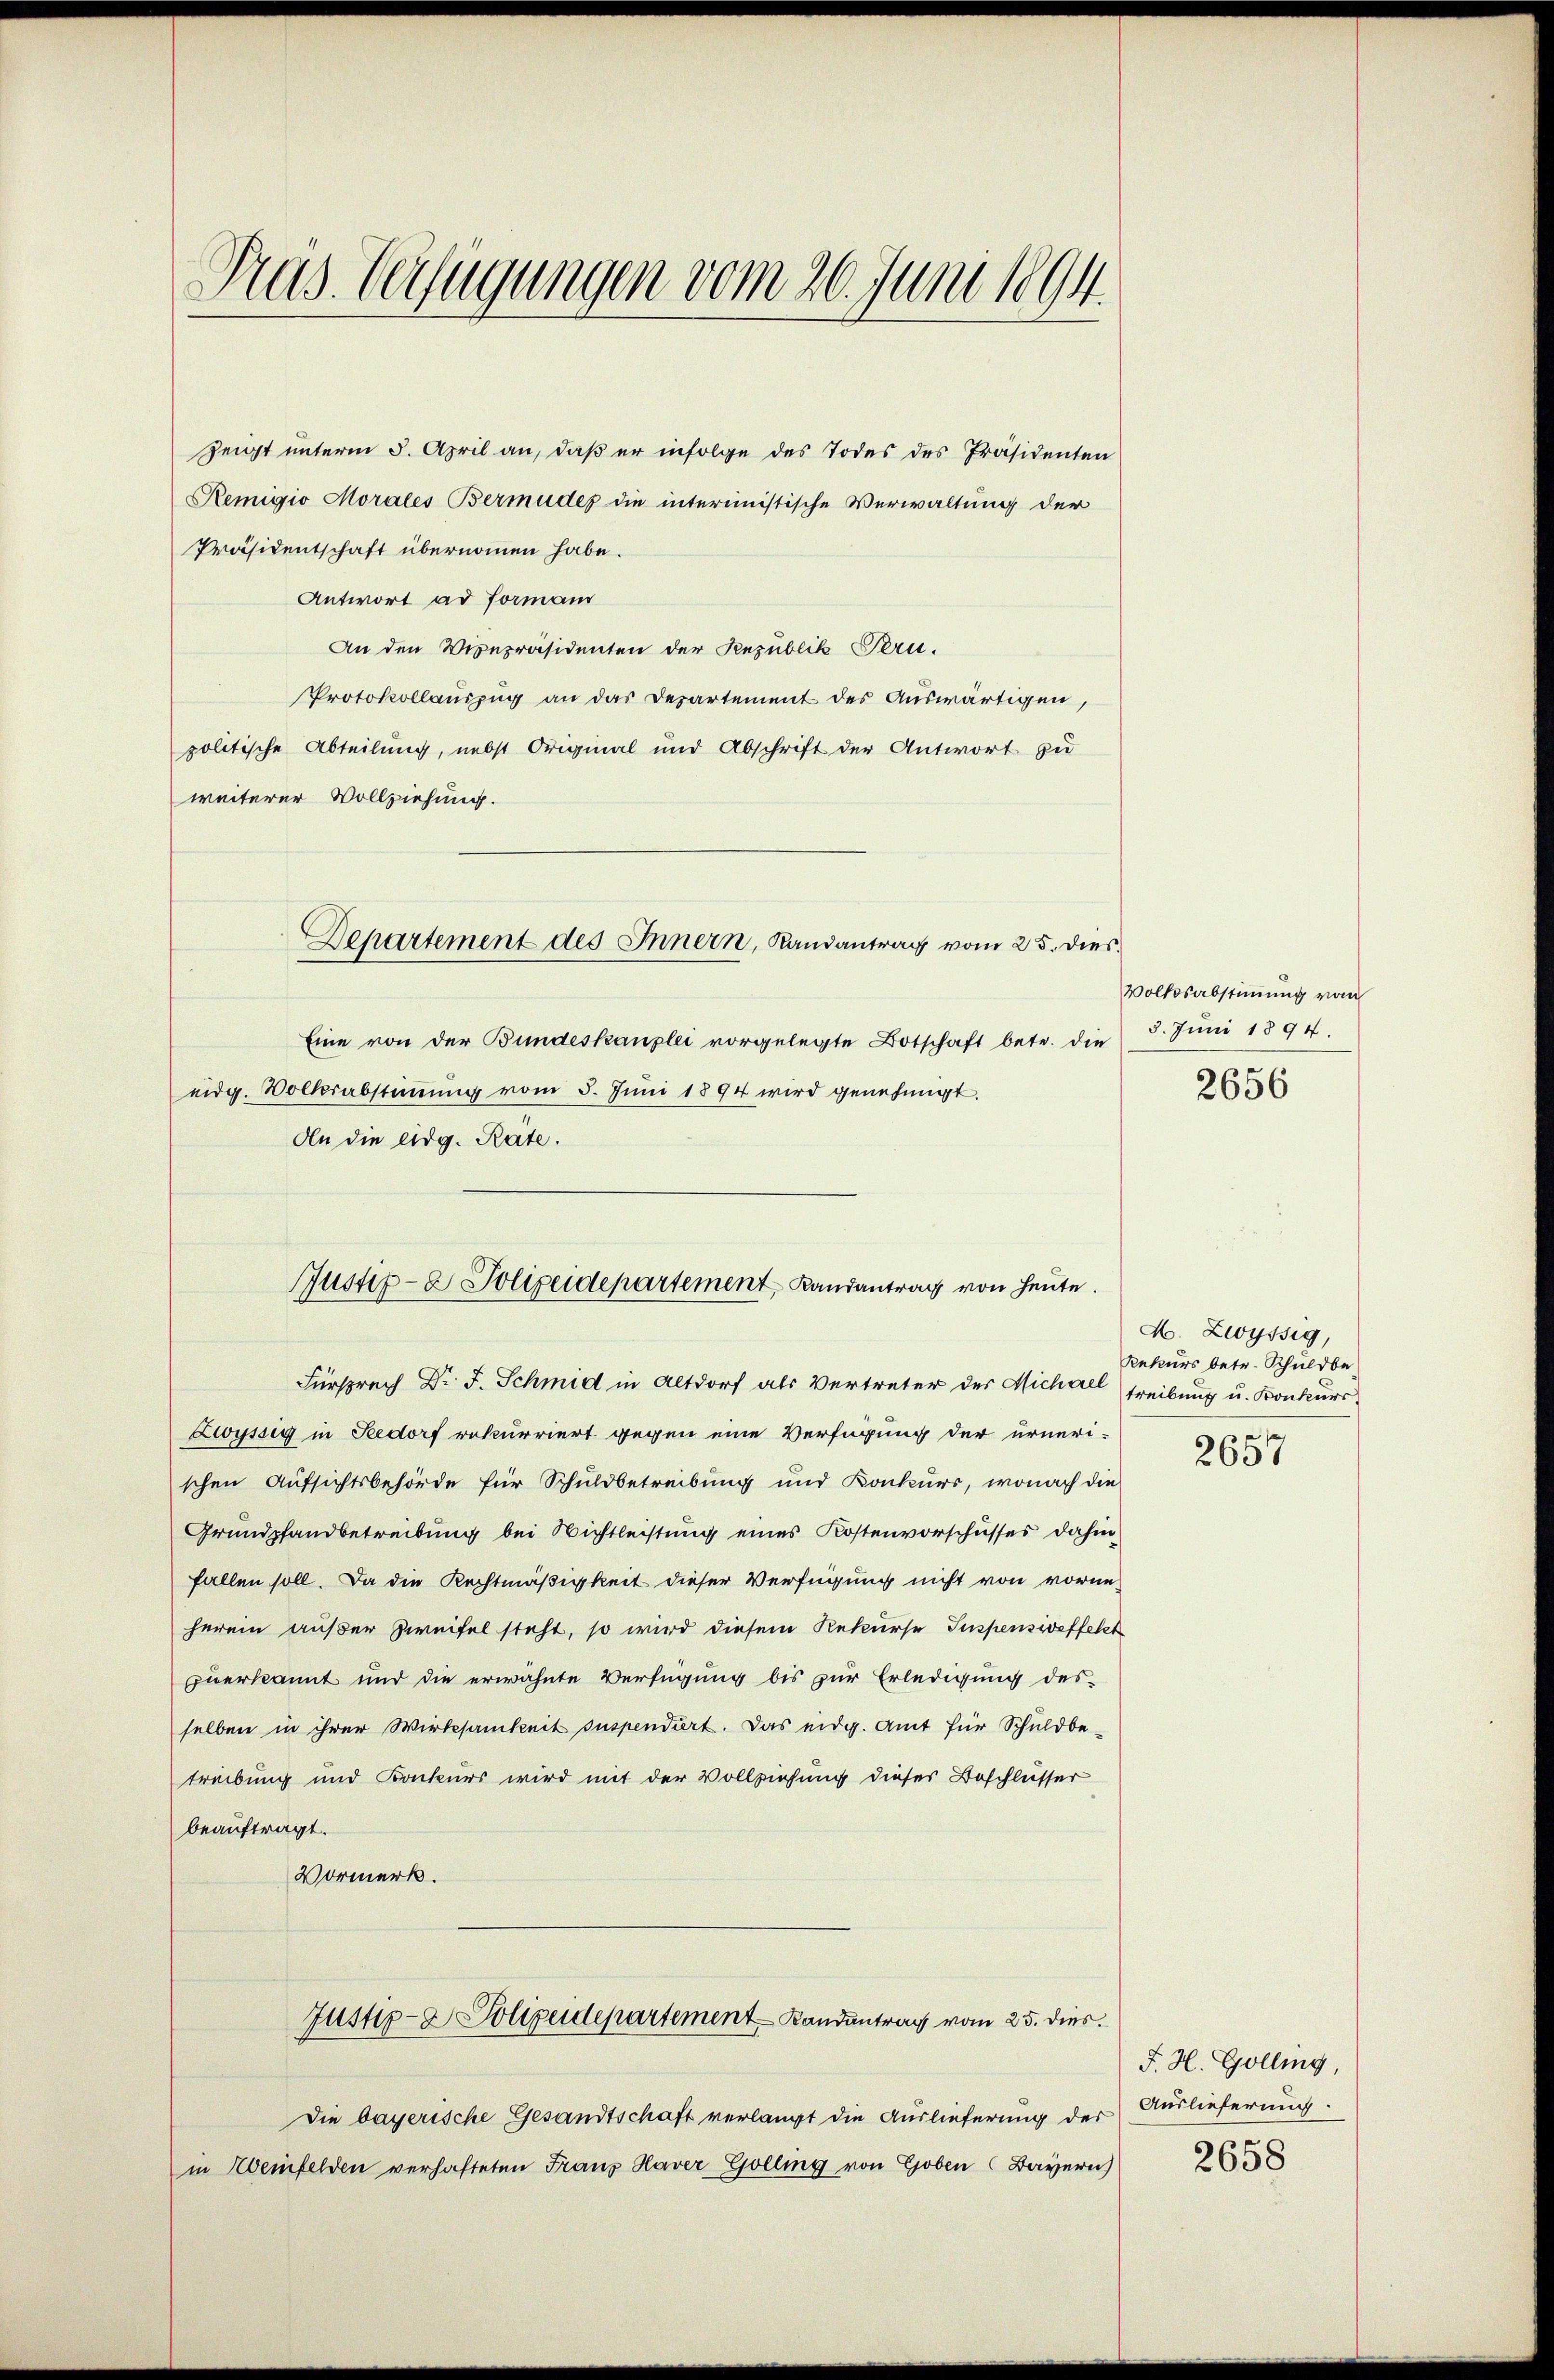
Preis. Verfügungen vom 26. Juni 1894.

Zeigt unterm 5. April an, daß er infolge des Todes des Präsidenten
Remigio Morales Bermüdes die interimistische Verwaltung der
Präsidentschaft übernommen habe.
Antwort ad Formann
An den Vicepräsidenten der Republik Bern.
Protokollauszug an das Departement des Auswärtigen,
politische Abteilung, nebst Original und Abschrift der Antwort zu
weiterer Vollziehung.
Eine von der Bundeskanzlei vorgelegte Botschaft betr. die 5. Jŭni 1894.
eidg. Volksabstimmung vom 5. Juni 1894 wird genehmigt.
An die eidg. Rate.
Fürsprech Dr. J. Schmid in Altdorf als Vertreter des Michael treibung u. Konkurs-
Zwyssig in Seedorf rekurriert gegen eine Verfügung der urneri-
schen Aufsichtsbehörde für Schuldbetreibung und Konkurs, wonach die
Grundpfandbetreibung bei Wichtleistung eines Kostenvorschusses dahin
fallen soll. Da die Rechtmäßigkeit dieser Verfügung nicht von vorne-
herein außer Zweifel steht, so wird diesem Rekurse Suspensiveffekt
zuerkannt und die erwähnte Verfügung bis zur Erledigung des
selben in ihrer Wirksamkeit suspendiert. Das eidg. Amt für Schuldbetreibung und Konkurs wird mit der Vollziehung dieser Beschlusser
beauftragt.
Vormerk.
Justiz- & Polizeidepartement Landantrag vom 25. dies
Die bayerische Gesandtschaft verlangt die Auslieferung der Auslieferung:
in Zweifelden verhafteten Franz Haver Golling von Goben (Bayern)

Departement des Innern, Landantrag vom 25. dies

Justiz- & Polizeidepartement, Landantrag von heute.

Volksabstimmung vom
2656

M. Zwyssig,
Rekurs betr. Schuldbe
a

2631

F. H. Golling,

2658